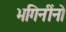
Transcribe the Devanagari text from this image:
भगिनींनो